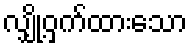
လျှို့ဝှက်ထားသော